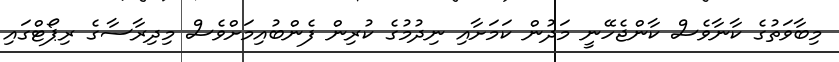
މިބާވަތުގެ ކާނާވެސް ކާންޖެހޭނީ މަދުން ކަމަށާއި ނިދުމުގެ ކުރިން ފެންބުއިމަށްވެސް މިދިރާސާގެ ރިޕޯޓްގައި